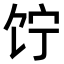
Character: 𬲲